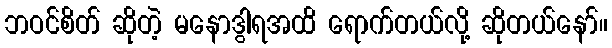
ဘဝင်စိတ် ဆိုတဲ့ မနောဒွါရအထိ ရောက်တယ်လို့ ဆိုတယ်နော်။